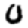
Digit: 0